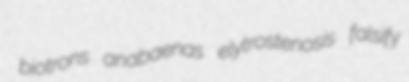
biotrons anabaenas elytrostenosis falsify